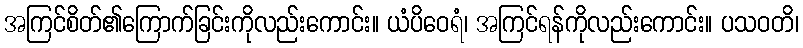
အကြင်စိတ်၏ကြောက်ခြင်းကိုလည်းကောင်း။ ယံပိဝေရံ၊ အကြင်ရန်ကိုလည်းကောင်း။ ပသဝတိ၊